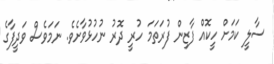
ސާލީ ކަމަށް ހީކޮއް ފާޒިން ފުރަތަމަ ހުރީ ދޮރު ނުހުޅުވާށެވެ. ނަމަވެސް ވަދީފާގެ